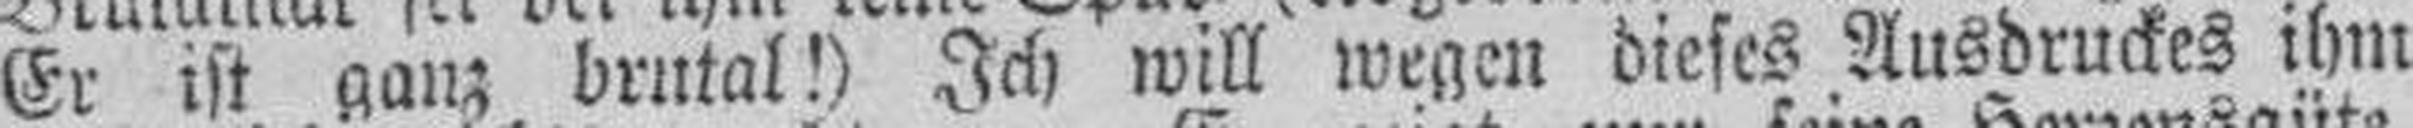
Er ist ganz brutal!) Ich will wegen dieses Ausdruckes ihm